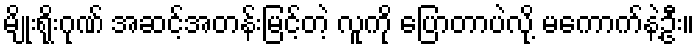
မျိုးရိုးဂုဏ် အဆင့်အတန်းမြင့်တဲ့ လူကို ပြောတာပဲလို့ မကောက်နဲ့ဦး။